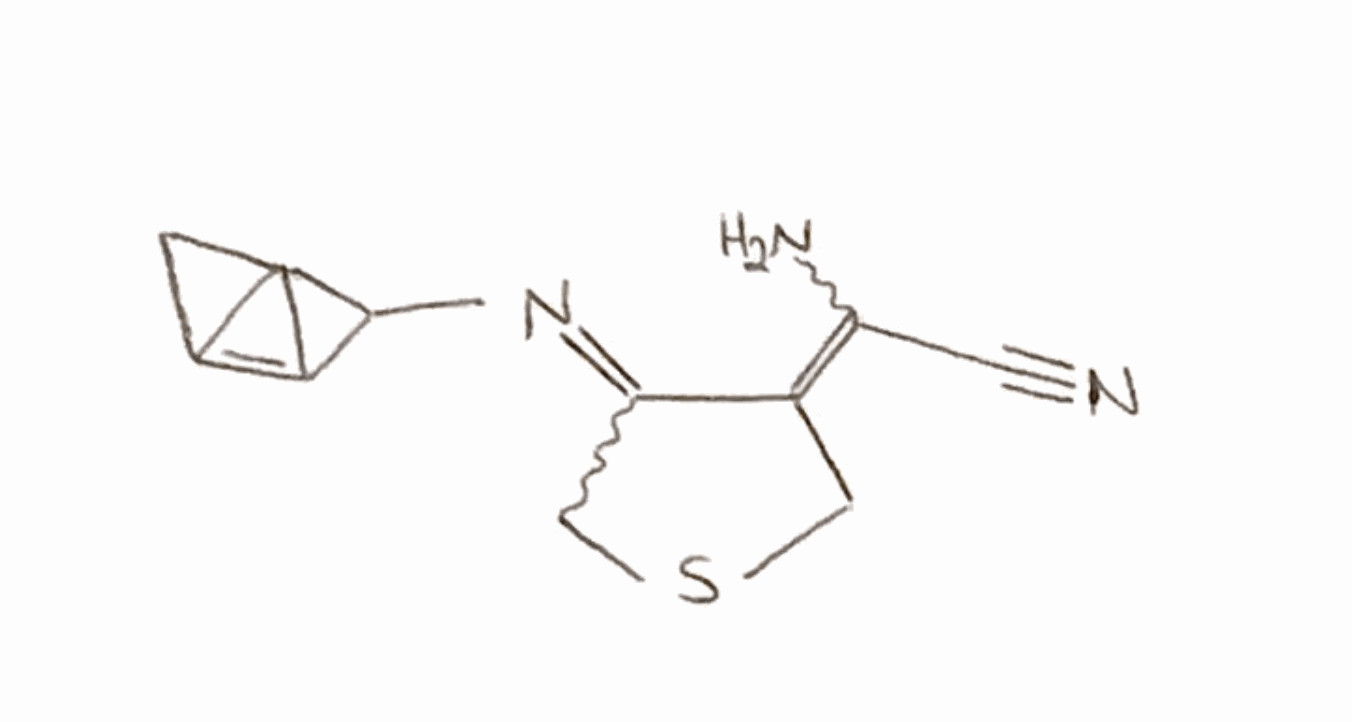
Simplified molecular-input line-entry system (SMILES) notation of the given molecule:
C1C2=C3C21C3N=C\4CSC/C4=C(\C#N)/N